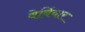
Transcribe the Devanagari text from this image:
वेर्बियार